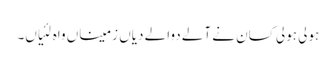
ہولی ہولی کسان نے آلے دوالے دیاں زمیناں واہ لئیاں۔